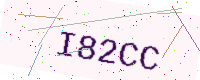
Text: I82CC